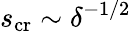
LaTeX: s_{\textup{cr}}\sim\delta^{-1/2}